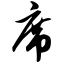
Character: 席